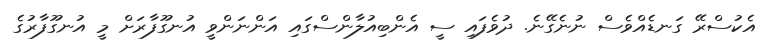
އެކުސްރޭ ގަނޑެއްވެސް ނުނެގޭނެ. ދުވެފައި ސީ އެންބިއުލާންސްގައި އަންނަންވީ އުނގޫފާރަށް މީ އުނގޫފާރުގެ